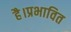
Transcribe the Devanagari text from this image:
है।प्रभावित